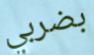
بضربي